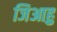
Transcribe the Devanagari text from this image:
जिआहु